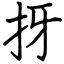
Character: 㧎